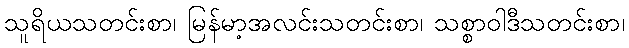
သူရိယသတင်းစာ၊ မြန်မာ့အလင်းသတင်းစာ၊ သစ္စာဝါဒီသတင်းစာ၊